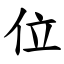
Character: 位